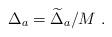
LaTeX: \begin{align*} \Delta_a={\widetilde \Delta}_a/M~.\end{align*}